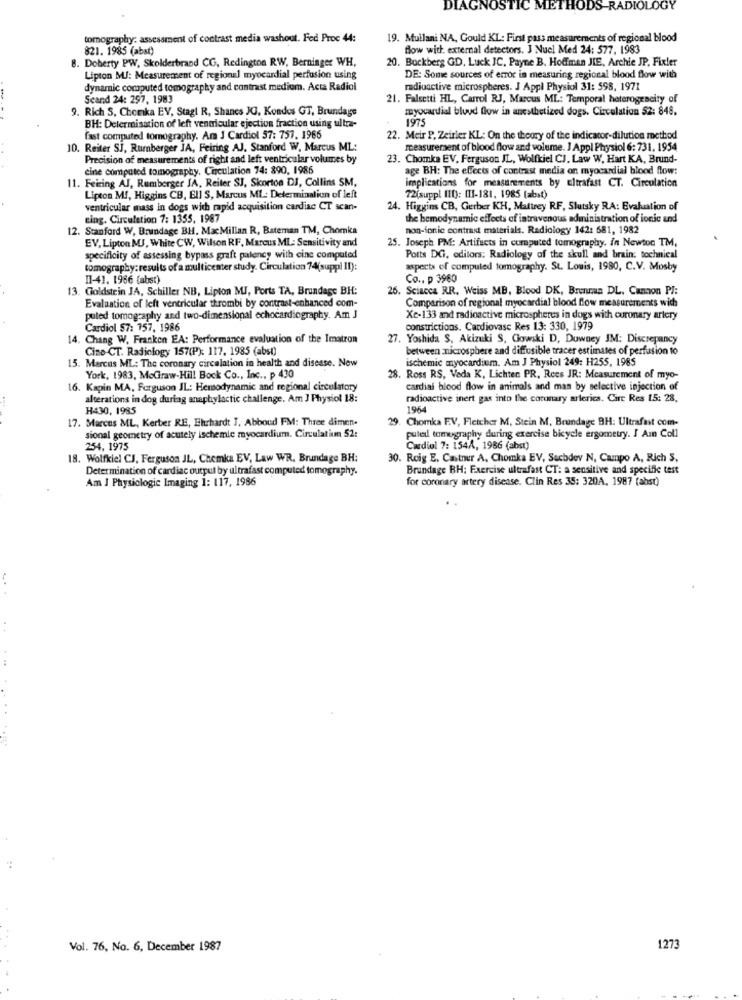
DIAGNOSTIC METHODS RADIOLOGY
tomography: assessment of contrast media washout. Fed Proc 44:
19. Mullani NA, Gould KL: First pass measurements of regional blood
821. 1985 (abst)
Blow with external detectors. J Nucl Med 24: 577, 1983
. Doherty PW, Skolderbrand CG, Redington RW, Berninger WH,
20. Buckberg GD. Luck IC. Payne B. Hoffman JIE, Archie JP. Fixler
Lipton MJ: Measurement of regional myocardial perfusion using
DE: Some sources of error in measuring regional blood flow with
dynamic computed tomography and contrast medium. Acta Radiol
radioactive microspheres. J Appl Physiol 31: 598, 1971
Scand 24: 297, 1983
21. Falsetti HL, Carrol RJ, Marcus ML: Temporal heterogencity of
9. Rich S, Chomka EV, Stagl R, Shanes JG, Kondes GT, Brundage
myocardial blood flow in anesthetized dogs, Circulation 52: 848.
1975
BH: Delermisation of left ventricular ejection fraction using ultra-
fast computed tomography. Am J Cardiol 57: 757. 1966
22. Meir P, Zeirler KL: On the theory of the indicacor-dilution method
10. Reiter SJ, Rumberger JA, Feiring AJ. Stanford W, Marcus ML:
measurement of blood flow and volume. ] Appl Physiol 6: 731, 1954
Precision of measurements of right and left ventricular volumes by
23. Chomka EV. Ferguson IL, Wolfkiel CJ. Law W, Hart KA, Brund-
cine computed tomography. Circulation 74: 890, 1986
age BH: The effects of contrast media on myocardial blood flow:
11. Feiring AJ, Rumberger JA, Reiter SJ, Skorton DJ, Collins SM,
implications for measurements by ultrafast CT. Circulation
Lipton M !, Higgins CB, Ell S, Marcus ML .: Determinalin of left
72(suppl Il[): (11-181, 1985 (abst)
ventricular mass in dogs with rapid acquisition cardiac CT scan-
24. Higgins CB, Gerber KH, Mattrey RF, Slutsky RA: Evaluation of
cing. Circulation 7: 1355, 1987
the hemodynamic effects of intravenous administration of ionic and
12. Stanford W, Brundage BH. Mac Millan R, Bateman TM, Chomka
non-ionic contrast materials. Radiology 142: 681, 1982
EV, Lipton MUJ, White CW, Wilson RF, Marcus ML: Sensitivity and
25. Joseph PM: Artifacts in computed tomography. in Newton TM,
specificity of assessing bypass graft palency with cine computed
Potts DG, editors: Radiology of the skull and brain: tochnical
tomography:results of a multicenter study. Circulation 74(suppl I!):
aspects of computed tomography. St. Louis, 1980, C.V. Mosby
11-41. 1966 (abst)
Co ., p 3960
13. Goldstein JA, Schiller NB, Lipton MI, Ports TA, Brundage BH:
26. Sciacca RR. Weiss MB, Blood DK, Brennan DL, Cannon PJ:
Evaluation of left ventricular thrombi by contrast-enhanced com-
Comparison of regional myocardial blood flow measurements wich
puted tomography and two-dimensional echocardiography. Am J
Xe-133 and radioactive microspheres in dogs with coronary artery
Cardiol $7: 157, 1986
constrictions. Cardiovasc Res 13: 330, 1979
14. Chang W. Franken EA: Performance evaluation of the Imatron
27. Yoshida S, Akizuki S, Gowski D, Duwney JM: Discrepancy
Cine-CT. Radiology 157(P): 117. 1985 (abst)
between microsphere and diffusible tracer estimates of perfusion to
ischemic myocardium. Am J Physiol 249: H255, 1985
15. Marcus ML: The coronary circulation in health and disease. New
York, 1983, MoGraw-Hill Bock Co ., Inc ., p 430
28. Ross RS, Vada K, Lichten PR, Rees JR: Measurement of myo-
16. Kapin MA, Ferguson JL: Hemodynamic and regional circulatory
cardial blood flow in animals and mas by selective injection of
alterations in dog during anaphylactic challenge. Am J Physiol 18:
radioactive inert gas into the coronary arlerica. Cire Res 15: 28.
H430, 1985
1964
17. Marcos ML, Kerber RE, Ehrhardt J, Abboud FM: Three dimen-
9. Chomka EV, Fletcher M. Stein M. Brundage 9H: Ultrafait com-
sional geometry of acutely ischemle myocardium. Circulatium 52:
puted tomography during exercise bicycle ergometry. I Am Coll
254, 1975
Cardiol 7: 1541, 1986 (abst)
18. Wolfkiel CJ, Ferguson JL, Chemka EV, Law WR. Brundage BH:
30. Roig E. Castmer A. Chomka EV, Sachdev N, Campo A, Rich S,
Determination of cardiac output by ultrafast computed tomography.
Brundage BH: Exercise ultrafast CT: a sensitive and specific test
Am J Physiologic Imaging 1: 117, 1986
for coronary artery disease. Clin Res 35: 320A, 1987 (abst)
...
. .
Vol. 76, No. 6, December 1987
1273